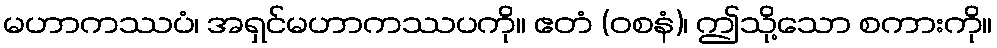
မဟာကဿပံ၊ အရှင်မဟာကဿပကို။ ဧတံ (ဝစနံ)၊ ဤသို့သော စကားကို။